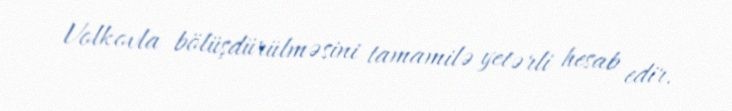
Volkovla bölüşdürülməsini tamamilə yetərli hesab edir.